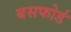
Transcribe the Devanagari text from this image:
बसफोर्ड